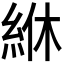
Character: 𫃢